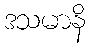
ဒသမာနိ